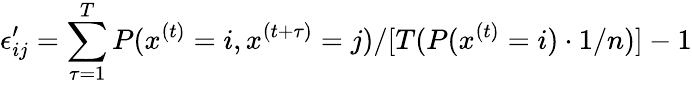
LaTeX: \epsilon_{ij}^{\prime}=\sum_{\tau=1}^{T}P(x^{(t)}=i,x^{(t+\tau)}=j)/[T(P(x^{(t)}=i)\cdot 1/n)]-1